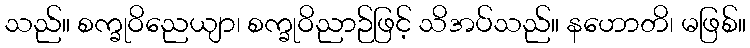
သည်။ စက္ခုဝိညေယျာ၊ စက္ခုဝိညာဉ်ဖြင့် သိအပ်သည်။ နဟောတိ၊ မဖြစ်။